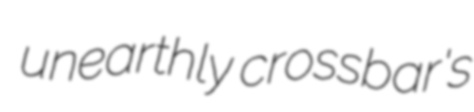
unearthly crossbar's